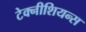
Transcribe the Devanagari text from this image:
टेक्नीशियन्स